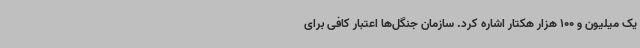
یک میلیون و 100 هزار هکتار اشاره کرد. سازمان جنگل‌ها اعتبار کافی برای